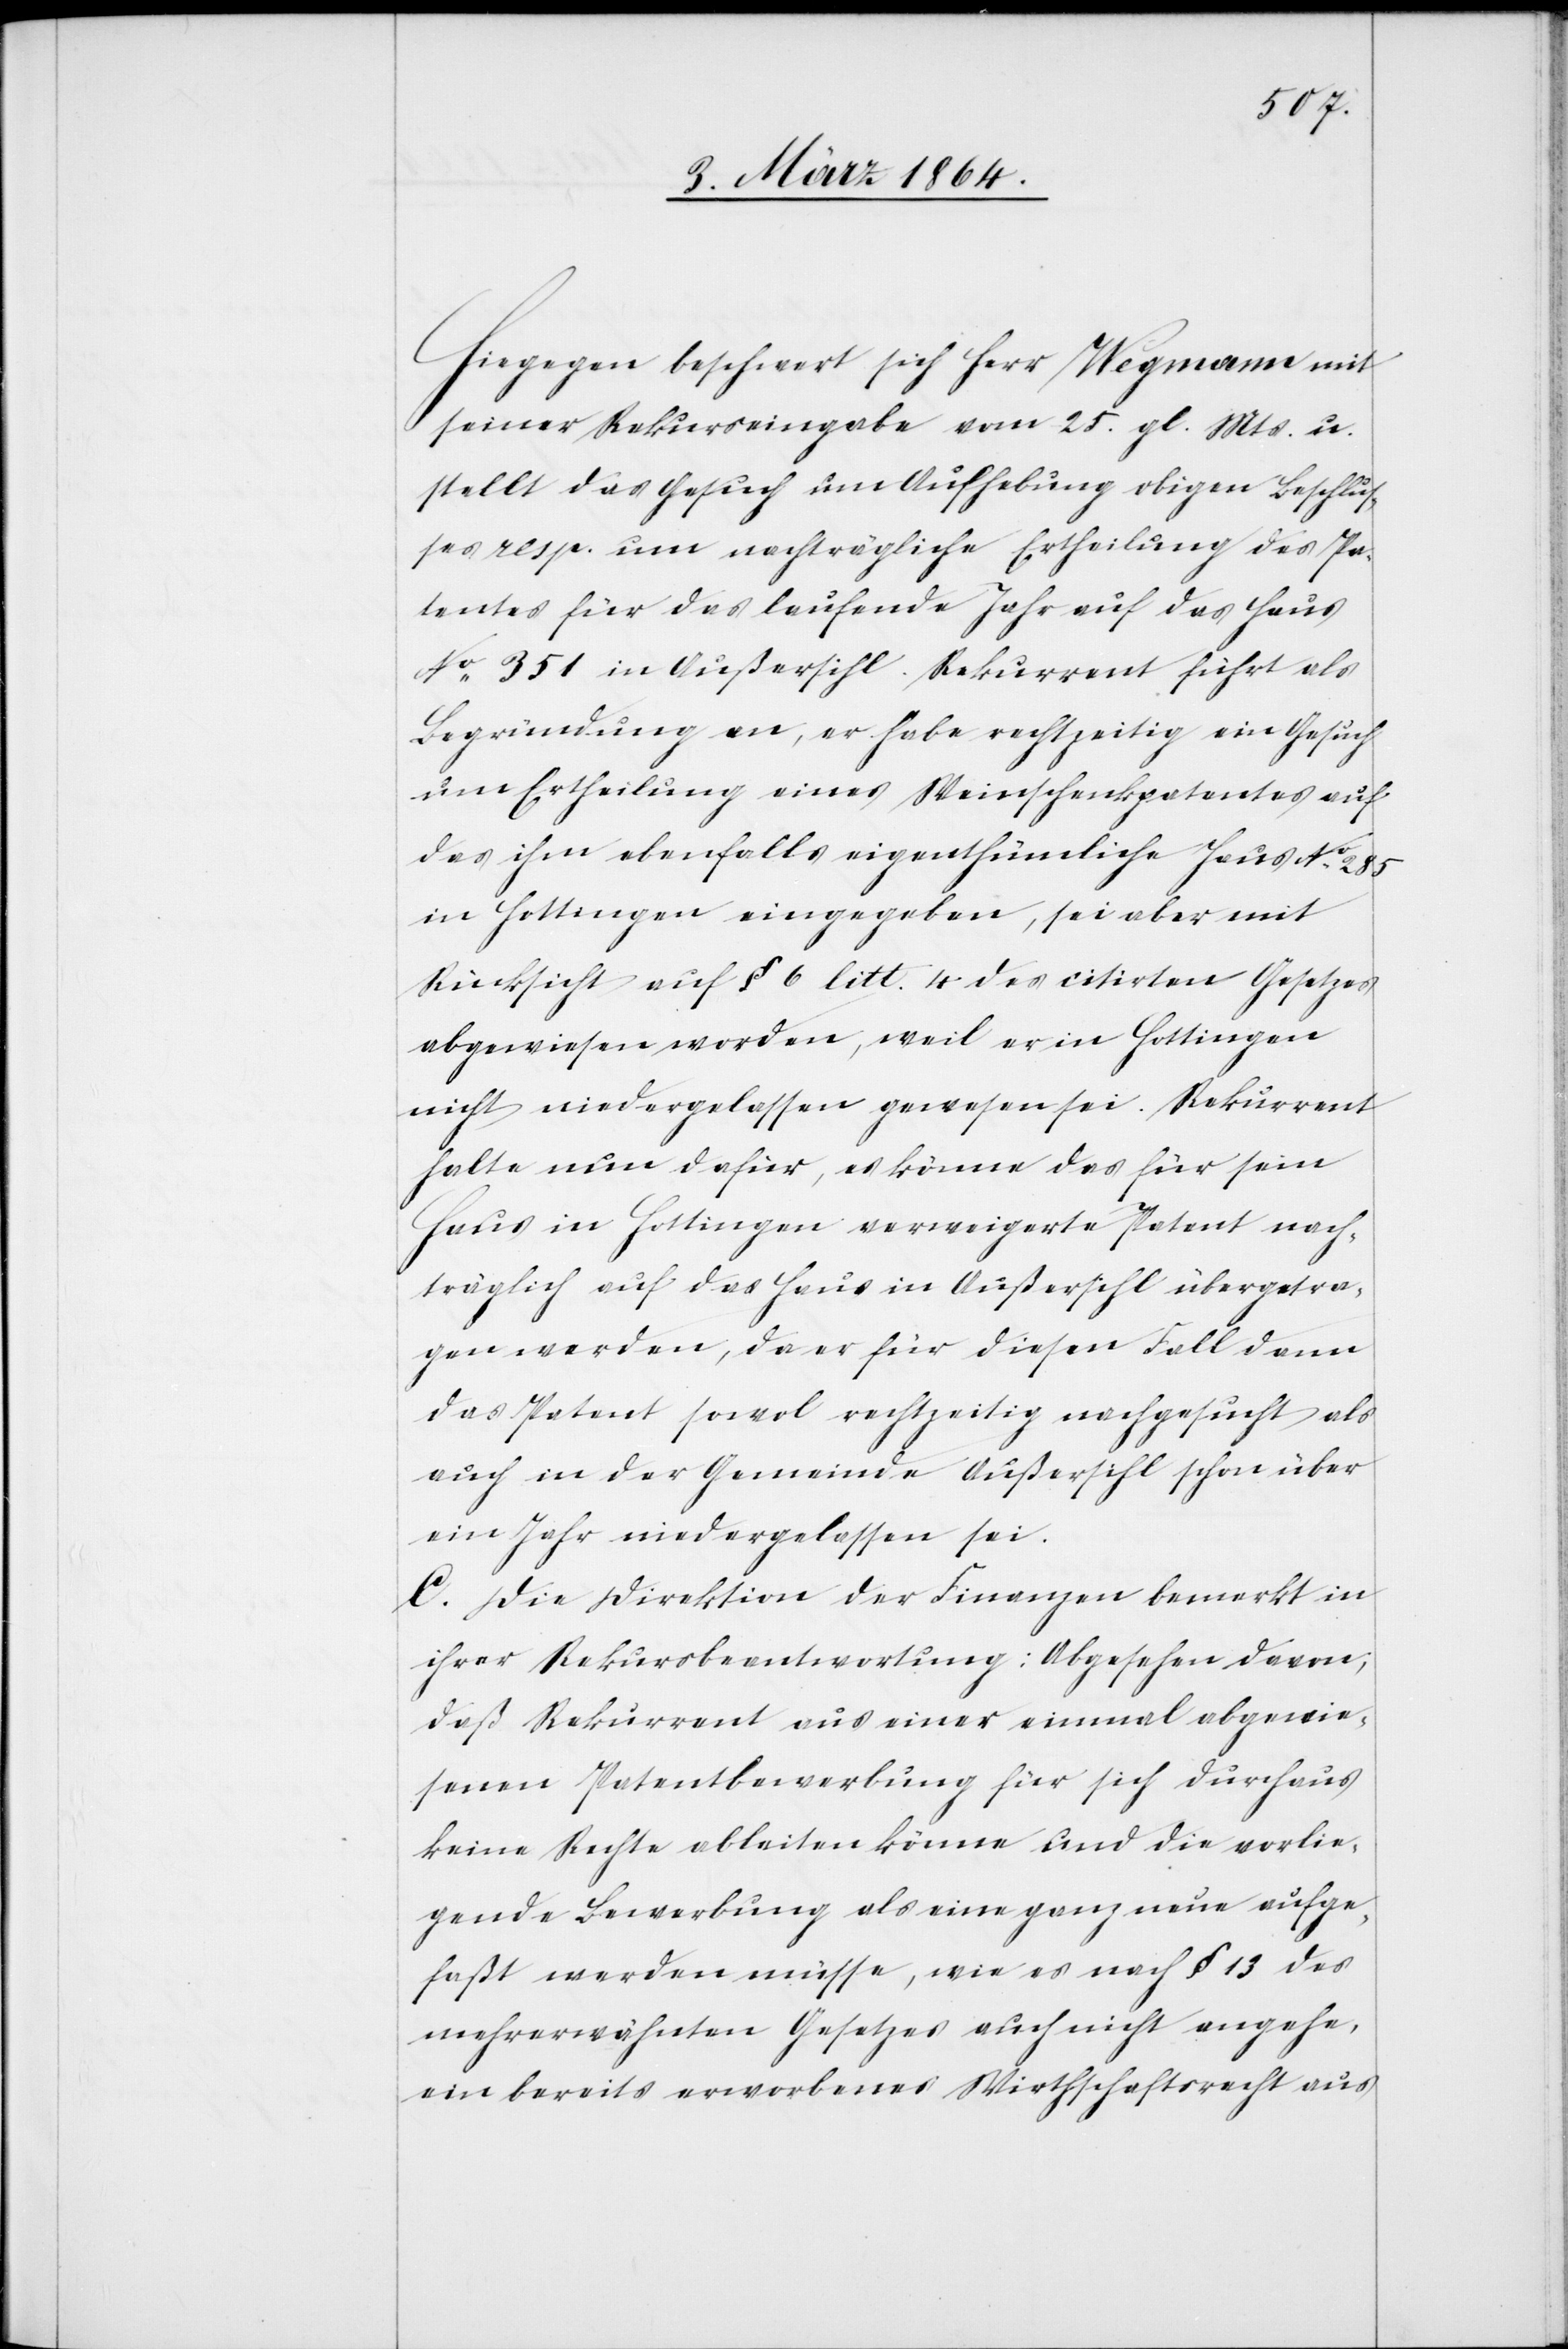
Hiegegen beschwert sich Herr Wegmann mit
seiner Rekurseingabe vom 25. gl. Mts. u.
stellt das Gesuch um Aufhebung obigen Beschlus¬
ses resp. um nachträgliche Ertheilung des Pa¬
tentes für das laufende Jahr auf das Haus
No 351 in Außersihl. Rekurrent führt als
Begründung an, er habe rechtzeitig ein Gesuch
um Ertheilung eines Weinschenkpatentes auf
das ihm ebenfalls eigenthümliche Haus No 285
in Hottingen eingegeben, sei aber mit
Rücksicht auf § 6 litt. 4 des citirten Gesetzes
abgewiesen worden, weil er in Hottingen
nicht niedergelassen gewesen sei. Rekurrent
halte nun dafür, es könne das für sein
Haus in Hottingen verweigerte Patent nach¬
träglich auf das Haus in Außersihl übergetra¬
gen werden, da er für diesen Fall dann
das Patent sowol rechtzeitig nachgesucht als
auch in der Gemeinde Außersihl schon über
ein Jahr niedergelassen sei.
[sic!] Die Direktion der Finanzen bemerkt in
ihrer Rekursbeantwortung: Abgesehen davon,
daß Rekurrent aus einer einmal abgewie¬
senen Patentbewerbung für sich durchaus
keine Rechte ableiten könne und die vorlie¬
gende Bewerbung als eine ganz neue aufge¬
faßt werden müsse, wie es nach § 13 des
mehrerwähnten Gesetzes auch nicht angehe,
ein bereits erworbenes Wirthschaftsrecht aus